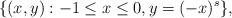
\begin{align*}\{(x,y) : -1 \leq x \leq 0, y = (-x)^s\},\end{align*}